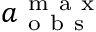
a _ { \mathrm { ~ o ~ b ~ s ~ } } ^ { \mathrm { ~ m ~ a ~ x ~ } }